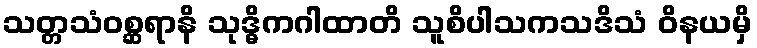
သတ္တသံဝစ္ဆရာနိ သုဒ္ဓိကဂါထာတိ သူစိပါသကသဒိသံ ဝိနယမှိ